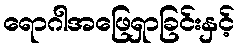
ရောဂါအဖြေရှာခြင်းနှင့်